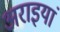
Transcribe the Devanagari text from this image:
अराइयां